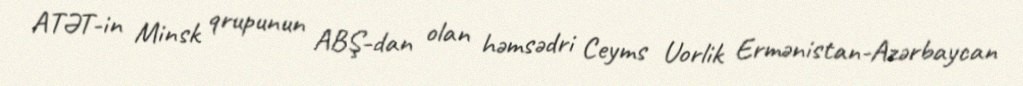
ATƏT-in Minsk qrupunun ABŞ-dan olan həmsədri Ceyms Uorlik Ermənistan-Azərbaycan